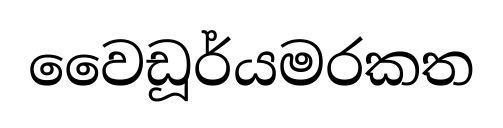
වෛඩූර්යමරකත